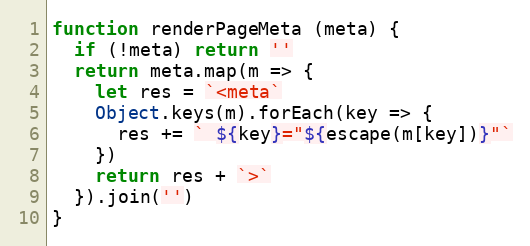
Language: JavaScript
function renderPageMeta (meta) {
  if (!meta) return ''
  return meta.map(m => {
    let res = `<meta`
    Object.keys(m).forEach(key => {
      res += ` ${key}="${escape(m[key])}"`
    })
    return res + `>`
  }).join('')
}